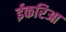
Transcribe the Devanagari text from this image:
ईकरिआ